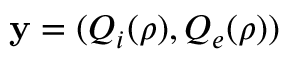
\mathbf { y } = ( Q _ { i } ( \rho ) , Q _ { e } ( \rho ) )